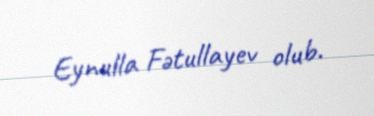
Eynulla Fətullayev olub.